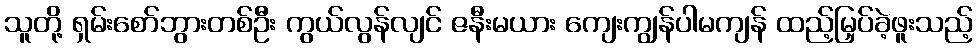
သူတို့ ရှမ်းစော်ဘွားတစ်ဦး ကွယ်လွန်လျင် ဇနီးမယား ကျေးကျွန်ပါမကျန် ထည့်မြှပ်ခဲ့ဖူးသည့်